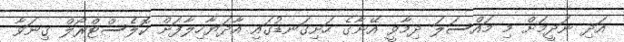
އަދި ނަދީމަށް މި މައްސަލަ ދިމާވީ އޭނާގެ ހަށިގަނޑުގައި އާދަޔާހިލާފަށް ކޮލެސްޓްރޯލް ގިނަވާ